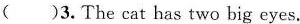
( )3.The cat has two big eyes.